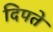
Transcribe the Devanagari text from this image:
दिपते